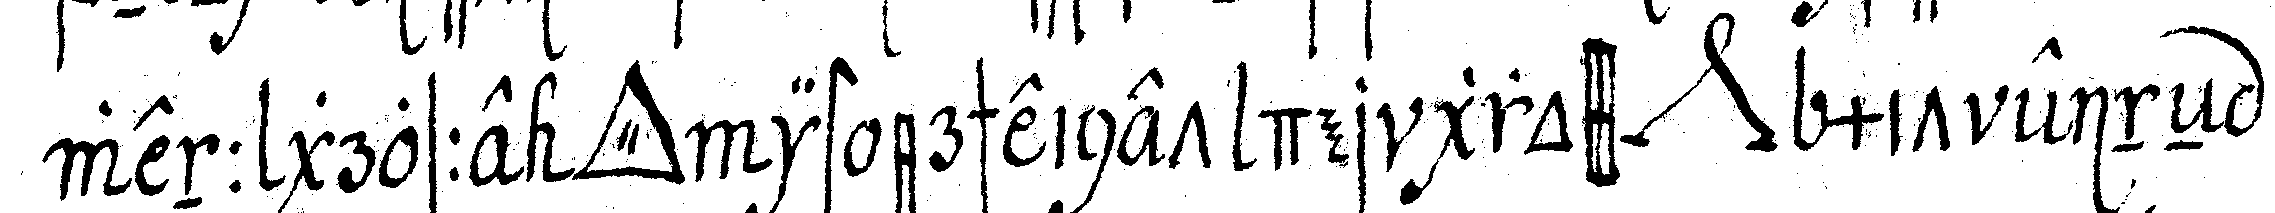
wenn grosse *tri..* ist erscheinet der gross *nee* mit eineN